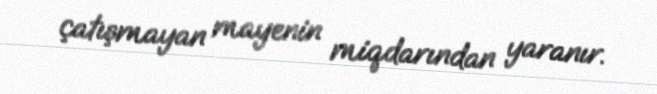
çatışmayan mayenin miqdarından yaranır.